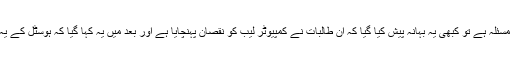
کبھی یہ کہ ان کی سیکورٹی کا مسئلہ ہے تو کبھی یہ بہانہ پیش کیا گیا کہ ان طالبات نے کمپیوٹر لیب کو نقصان پہنچایا ہے اور بعد میں یہ کہا گیا کہ ہوسٹل کے یہ کمرے کوٹے پر مختص تھے۔